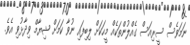
ނަމަވެސް ސީރިއަސް ގެއްލުންތަކެއް މީހަކަށް ލިބިފައި ނުވާ ކަމަށް ޝިޔާމް ވިދާޅުވި އެވެ.